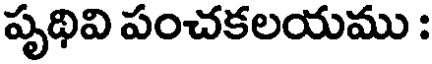
పృథివి పంచకలయము :